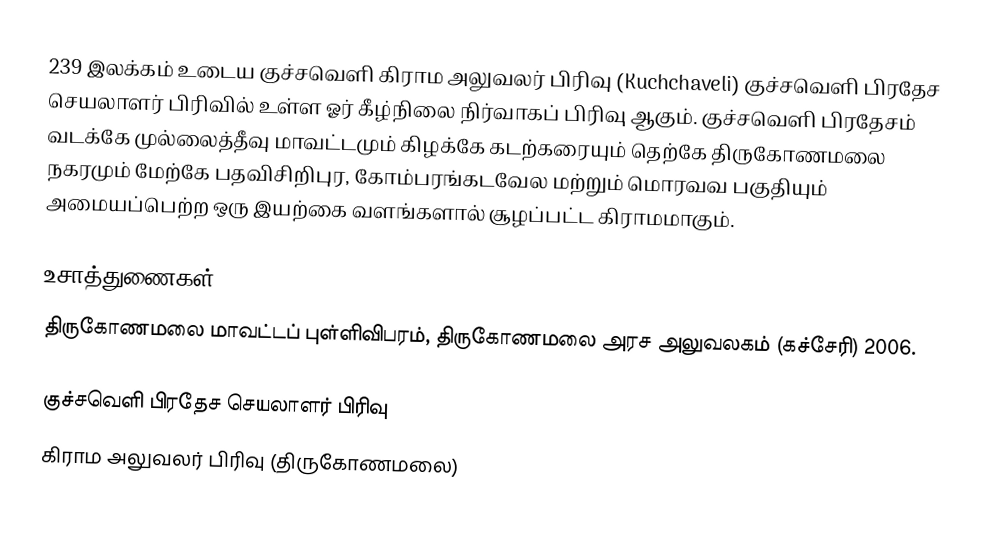
239 இலக்கம்  உடைய குச்சவெளி கிராம அலுவலர் பிரிவு (Kuchchaveli) குச்சவெளி பிரதேச செயலாளர் பிரிவில் உள்ள ஓர் கீழ்நிலை நிர்வாகப் பிரிவு ஆகும். குச்சவெளி பிரதேசம் வடக்கே முல்லைத்தீவு மாவட்டமும் கிழக்கே கடற்கரையும் தெற்கே திருகோணமலை நகரமும் மேற்கே பதவிசிறிபுர, கோம்பரங்கடவேல மற்றும் மொரவவ பகுதியும் அமையப்பெற்ற ஒரு இயற்கை வளங்களால் சூழப்பட்ட கிராமமாகும்.

உசாத்துணைகள்
திருகோணமலை மாவட்டப் புள்ளிவிபரம்,  திருகோணமலை அரச அலுவலகம் (கச்சேரி) 2006.

குச்சவெளி பிரதேச செயலாளர் பிரிவு
கிராம அலுவலர் பிரிவு (திருகோணமலை)